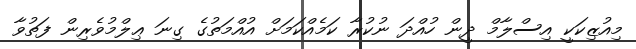
މިއުޒިކަކީ އިސްލާމް ދީން ހުއްދަ ނުކުރާ ކަމެއްކަމަށް އުއްމަތުގެ ގިނަ ޢިލްމުވެރިން ފަތުވާ